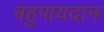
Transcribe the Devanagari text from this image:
बहुपायदान